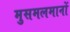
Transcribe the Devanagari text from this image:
मुसमलमानों